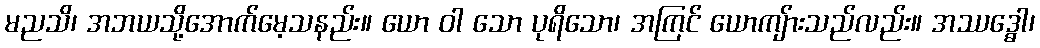
မညသိ၊ အဘယသို့အောက်မေ့သနည်း။ ယော ဝါ သော ပုရိသော၊ အကြင် ယောကျ်ားသည်လည်း။ အဿဒ္ဓေါ၊